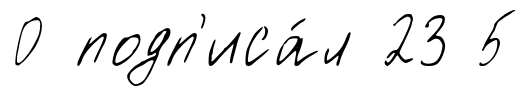
0 подп'иса́л 23 5